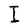
Character: I